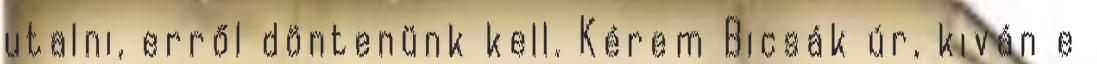
utalni, erről döntenünk kell. Kérem Bicsák úr, kiván e